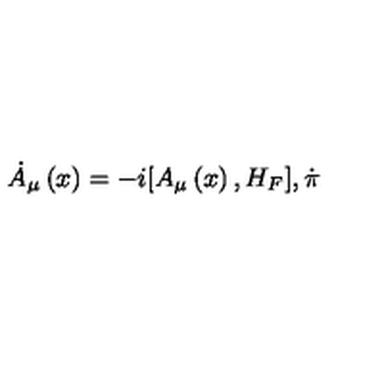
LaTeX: \dot { A } _ { \mu } \left( x \right) = - i [ A _ { \mu } \left( x \right) , H _ { F } ] , \dot { \pi }